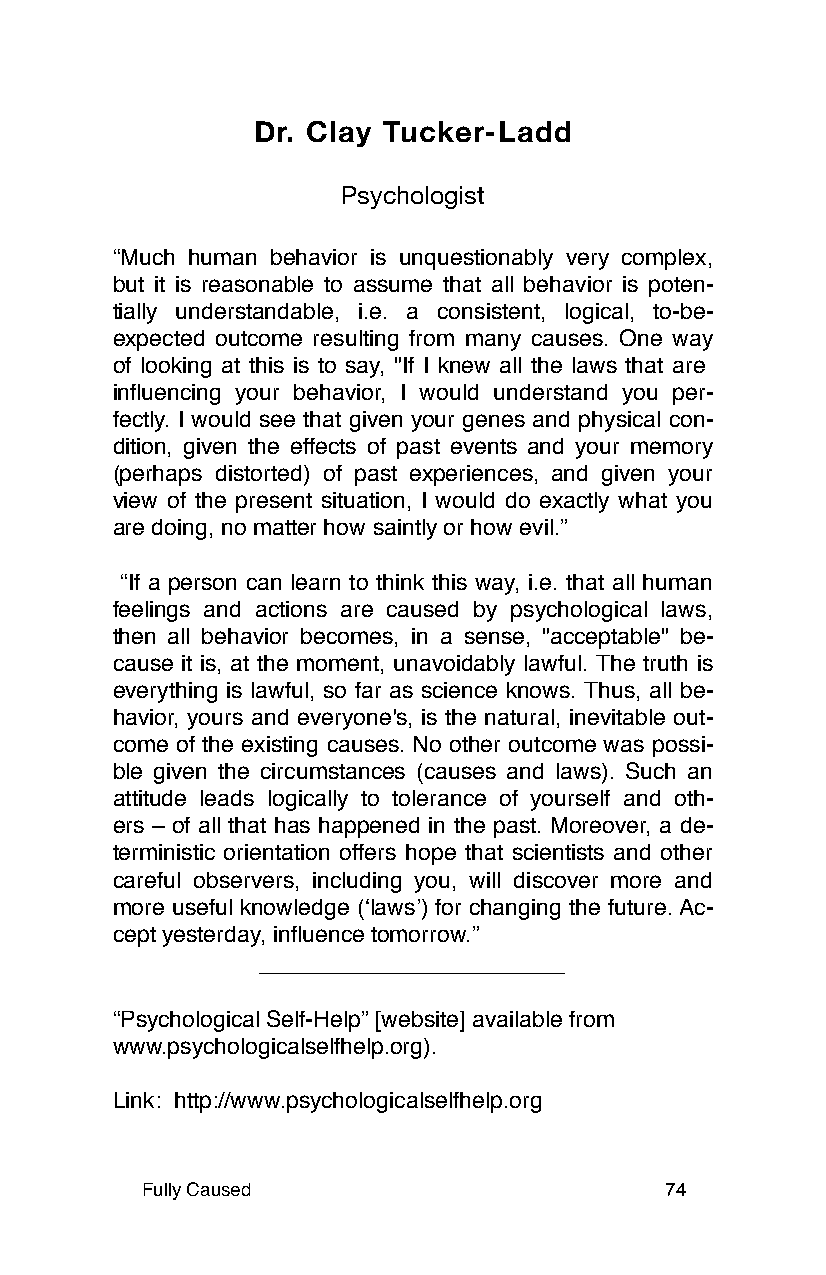
Dr. Clay Tucker-Ladd
 Psychologist
 “Much human behavior is unquestionably very complex,
 but it is reasonable to assume that all behavior is poten-
 tially understandable, i.e. a consistent, logical, to-be-
 expected outcome resulting from many causes. One way
 of looking at this is to say, "If I knew all the laws that are
 influencing your behavior, I would understand you per-
 fectly. I would see that given your genes and physical con-
 dition, given the effects of past events and your memory
 (perhaps distorted) of past experiences, and given your
 view of the present situation, I would do exactly what you
 are doing, no matter how saintly or how evil.”
 “If a person can learn to think this way, i.e. that all human
 feelings and actions are caused by psychological laws,
 then all behavior becomes, in a sense, "acceptable" be-
 cause it is, at the moment, unavoidably lawful. The truth is
 everything is lawful, so far as science knows. Thus, all be-
 havior, yours and everyone's, is the natural, inevitable out-
 come of the existing causes. No other outcome was possi-
 ble given the circumstances (causes and laws). Such an
 attitude leads logically to tolerance of yourself and oth-
 ers – of all that has happened in the past. Moreover, a de-
 terministic orientation offers hope that scientists and other
 careful observers, including you, will discover more and
 more useful knowledge (ʻlawsʼ) for changing the future. Ac-
 cept yesterday, influence tomorrow.”
 “Psychological Self-Help” [website] available from
 www.psychologicalselfhelp.org).
 Link: http://www.psychologicalselfhelp.org
 Fully Caused                       74